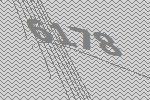
6178